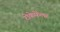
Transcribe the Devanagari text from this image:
रोकेफेलर